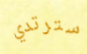
سترتدي